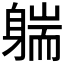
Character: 𰹄